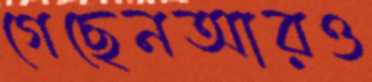
গেছেনআরও